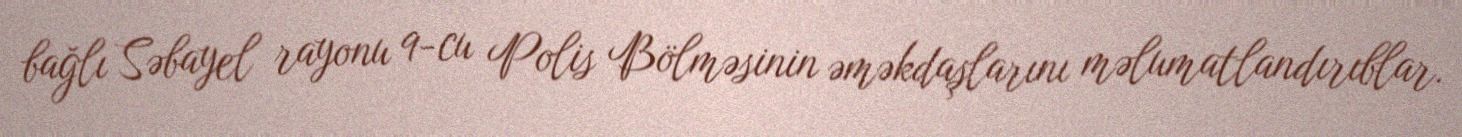
bağlı Səbayel rayonu 9-cu Polis Bölməsinin əməkdaşlarını məlumatlandırıblar.